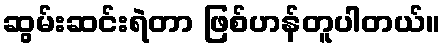
ဆွမ်းဆင်းရဲတာ ဖြစ်ဟန်တူပါတယ်။